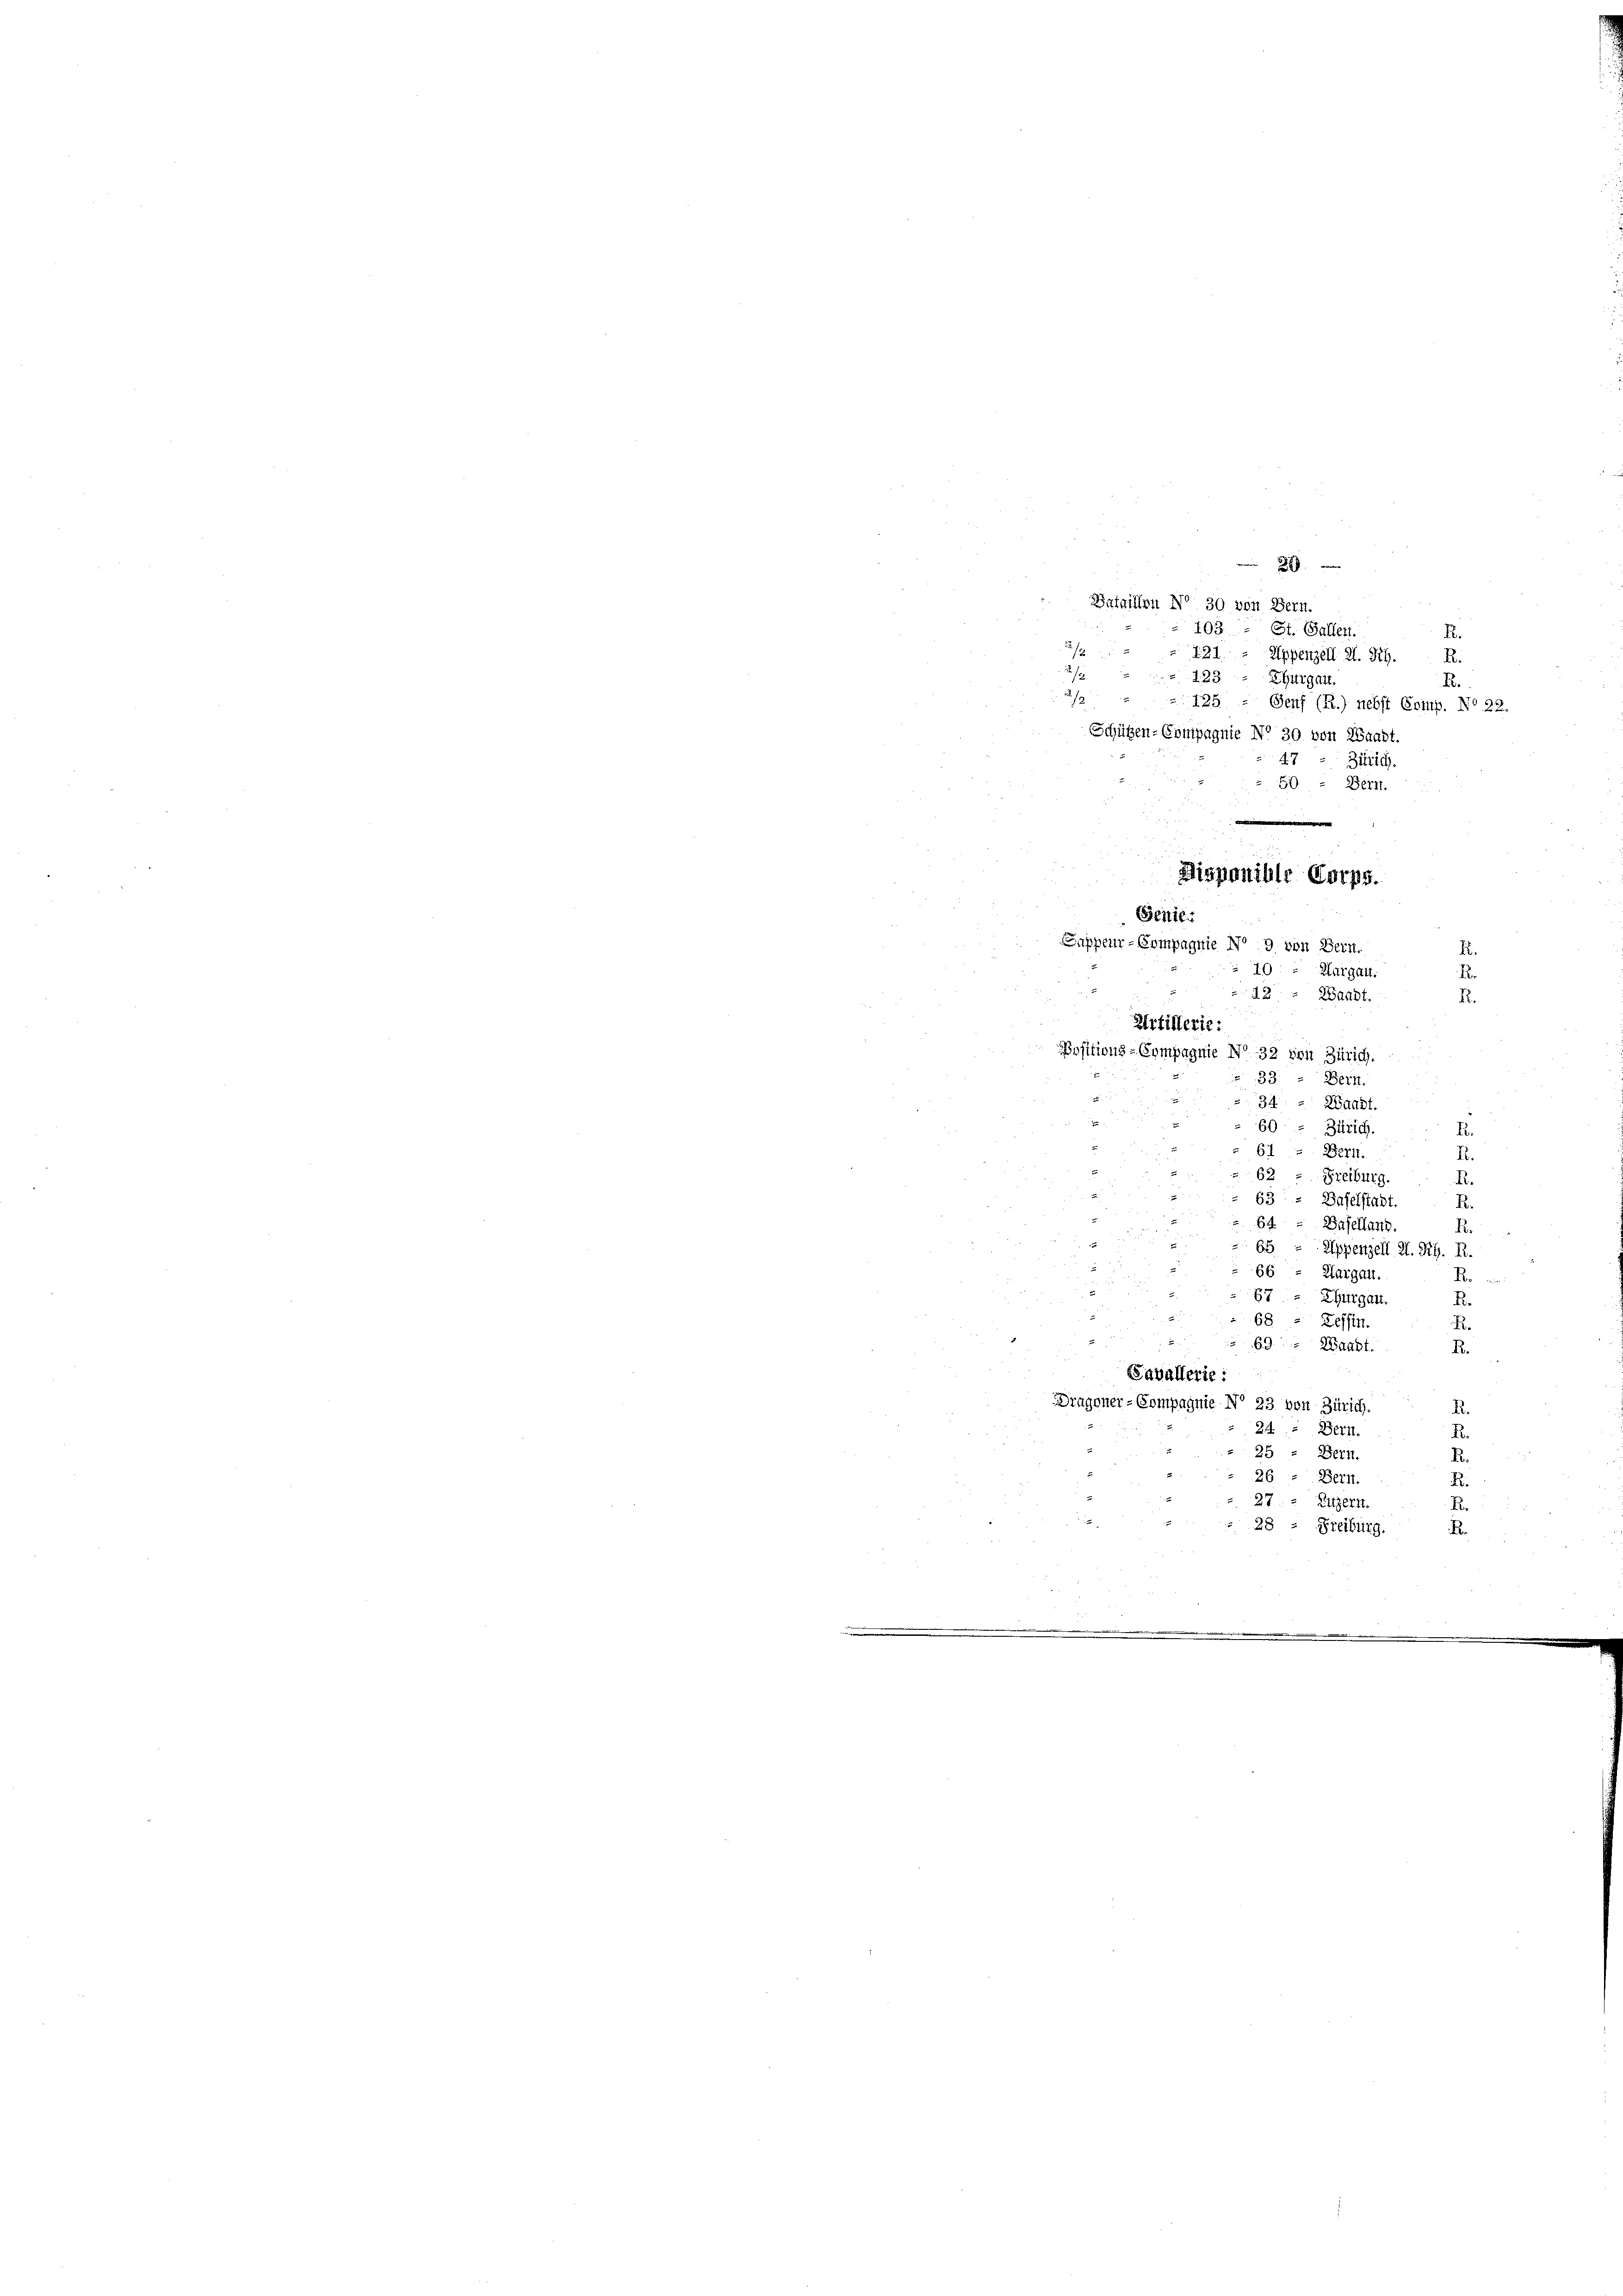
2
Bataillon No 30 von Bern.
103 - St. Gallen.
f.
12
121. - Appenzell A. Sch. R.
123
12
Thurgau
B.
1
125
Genf (R.) nebst Comp. No 22.
Schützen-Compagnie No 30 von Waadt.
e
Zürich.
50 - Bern.
18
.
Disponible Corps.
Genie
Sappeur-Compagnie No 9 von Bern.
I.
20:
Kargau.
r
12 " Waadt.
Artillerie:
Positions-Compagnie No 32 von Zürich.
33.
Bern.
34.
Waadt.
Zürich. E.
Bern.
R.
Freiburg.
R.
Baselstadt
R.
Baselland
R.
Appenzell I. R. R.
Margau.
Ro
Thurgau.
.
Leffen.
.
Waadt.
R.
lerie
nie No 23. von Zürich. R.
24. “ Bett.
E
25 : Bern.
R.
Bern.
R.
Litzern.
r
26
Freiburg.
.

R.